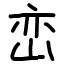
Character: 峦